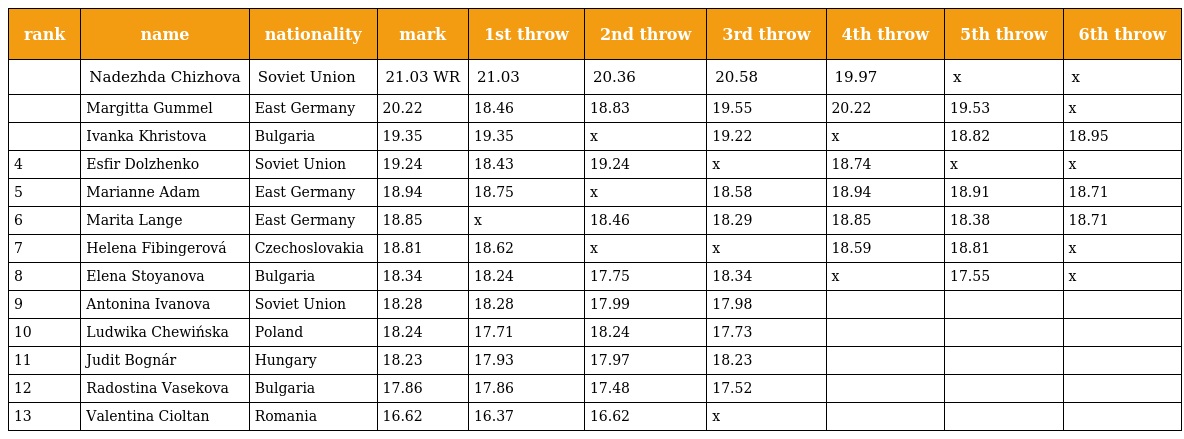
| rank | name | nationality | mark | 1st throw | 2nd throw | 3rd throw | 4th throw | 5th throw | 6th throw |
 | --- | --- | --- | --- | --- | --- | --- | --- | --- | --- |
 |  | Nadezhda Chizhova | Soviet Union | 21.03 WR | 21.03 | 20.36 | 20.58 | 19.97 | x | x |
 |  | Margitta Gummel | East Germany | 20.22 | 18.46 | 18.83 | 19.55 | 20.22 | 19.53 | x |
 |  | Ivanka Khristova | Bulgaria | 19.35 | 19.35 | x | 19.22 | x | 18.82 | 18.95 |
 | 4 | Esfir Dolzhenko | Soviet Union | 19.24 | 18.43 | 19.24 | x | 18.74 | x | x |
 | 5 | Marianne Adam | East Germany | 18.94 | 18.75 | x | 18.58 | 18.94 | 18.91 | 18.71 |
 | 6 | Marita Lange | East Germany | 18.85 | x | 18.46 | 18.29 | 18.85 | 18.38 | 18.71 |
 | 7 | Helena Fibingerová | Czechoslovakia | 18.81 | 18.62 | x | x | 18.59 | 18.81 | x |
 | 8 | Elena Stoyanova | Bulgaria | 18.34 | 18.24 | 17.75 | 18.34 | x | 17.55 | x |
 | 9 | Antonina Ivanova | Soviet Union | 18.28 | 18.28 | 17.99 | 17.98 |  |  |  |
 | 10 | Ludwika Chewińska | Poland | 18.24 | 17.71 | 18.24 | 17.73 |  |  |  |
 | 11 | Judit Bognár | Hungary | 18.23 | 17.93 | 17.97 | 18.23 |  |  |  |
 | 12 | Radostina Vasekova | Bulgaria | 17.86 | 17.86 | 17.48 | 17.52 |  |  |  |
 | 13 | Valentina Cioltan | Romania | 16.62 | 16.37 | 16.62 | x |  |  |  |